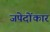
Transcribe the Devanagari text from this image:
जपेदोंकार